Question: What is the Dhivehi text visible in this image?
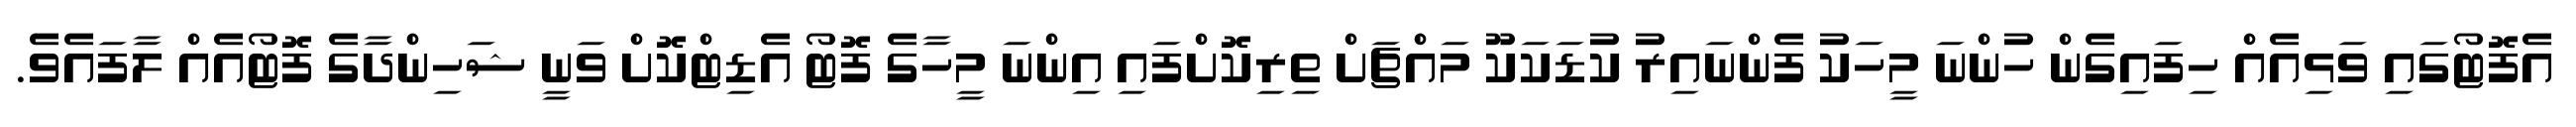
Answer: އެފޮޓޯގައި ވަޅިއެއް ހިފައިގެން ހުންނަ މީހަކު ފެންނައިރު ކުޑަކަކޫ މައްޗަށް ތިރިކޮށްފައި އިންނަ މީހާގެ ފޮޓޯ އެޑިޓްކޮށް ވަނީ ޝަހިންދާގެ ފޮޓޯއެއް ލާފައެވެ.